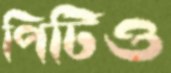
পিটিও